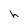
Character: h